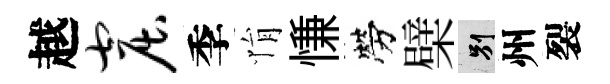
越窟季悁慊勞檗别州裂